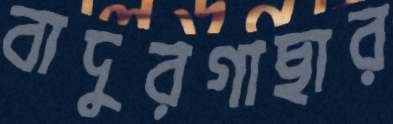
বাদুরগাছার